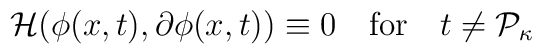
{\cal H}(\phi(x, t), \partial \phi (x, t)) \equiv 0 \quad\mbox{for}\quad t\neq {\cal P}_\kappa